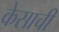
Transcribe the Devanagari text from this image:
केसाची